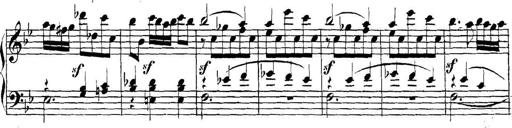
Title: Collected Piano Sonatas
Composer: Muzio Clementi